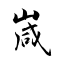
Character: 嵅